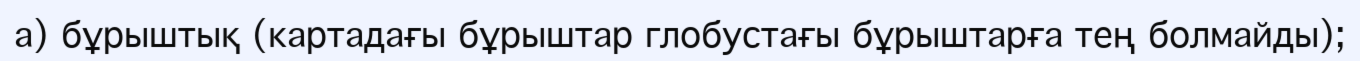
а) бұрыштық (картадағы бұрыштар глобустағы бұрыштарға тең болмайды);